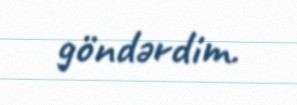
göndərdim.